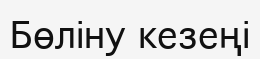
Бөліну кезеңі